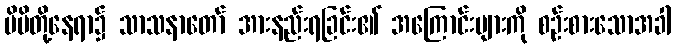
မိမိတို့နေရာ၌ သာသနာတော် အားနည်းရခြင်း၏ အကြောင်းများကို စဉ်းစားသောအခါ